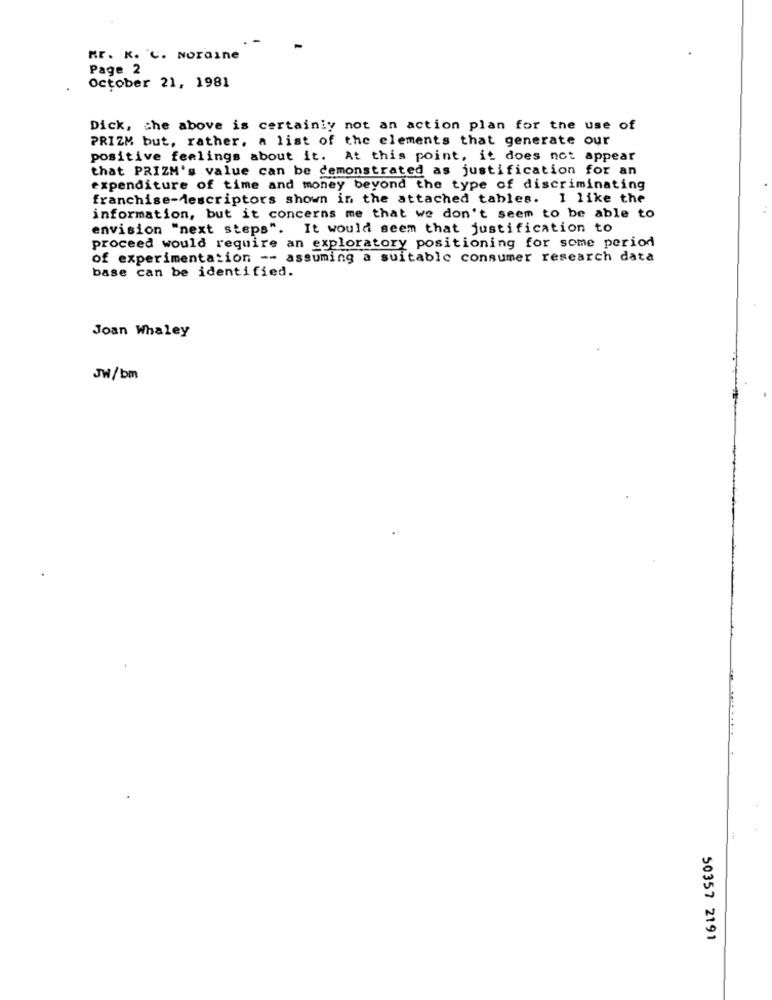
ME. K. C. NOraine
Page 2
October 21, 1981
Dick, che above is certainly not an action plan for the use of
PRIZM but, rather, a list of the elements that generate our
positive feelings about it. At this point, it does not appear
that PRIZM's value can be demonstrated as justification for an
expenditure of time and money beyond the type of discriminating
franchise-descriptors shown in the attached tables. I like the
information, but it concerns me that we don't seem to be able to
envision "next steps". It would seem that justification to
proceed would require an exploratory positioning for some period
of experimentation -- assuming a suitable consumer research data
base can be identified.
Joan Whaley
JW/bm
50357 2191